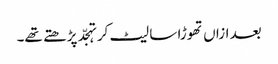
بعد ازاں تھوڑا سا لیٹ کر تہجّد پڑھتے تھے۔